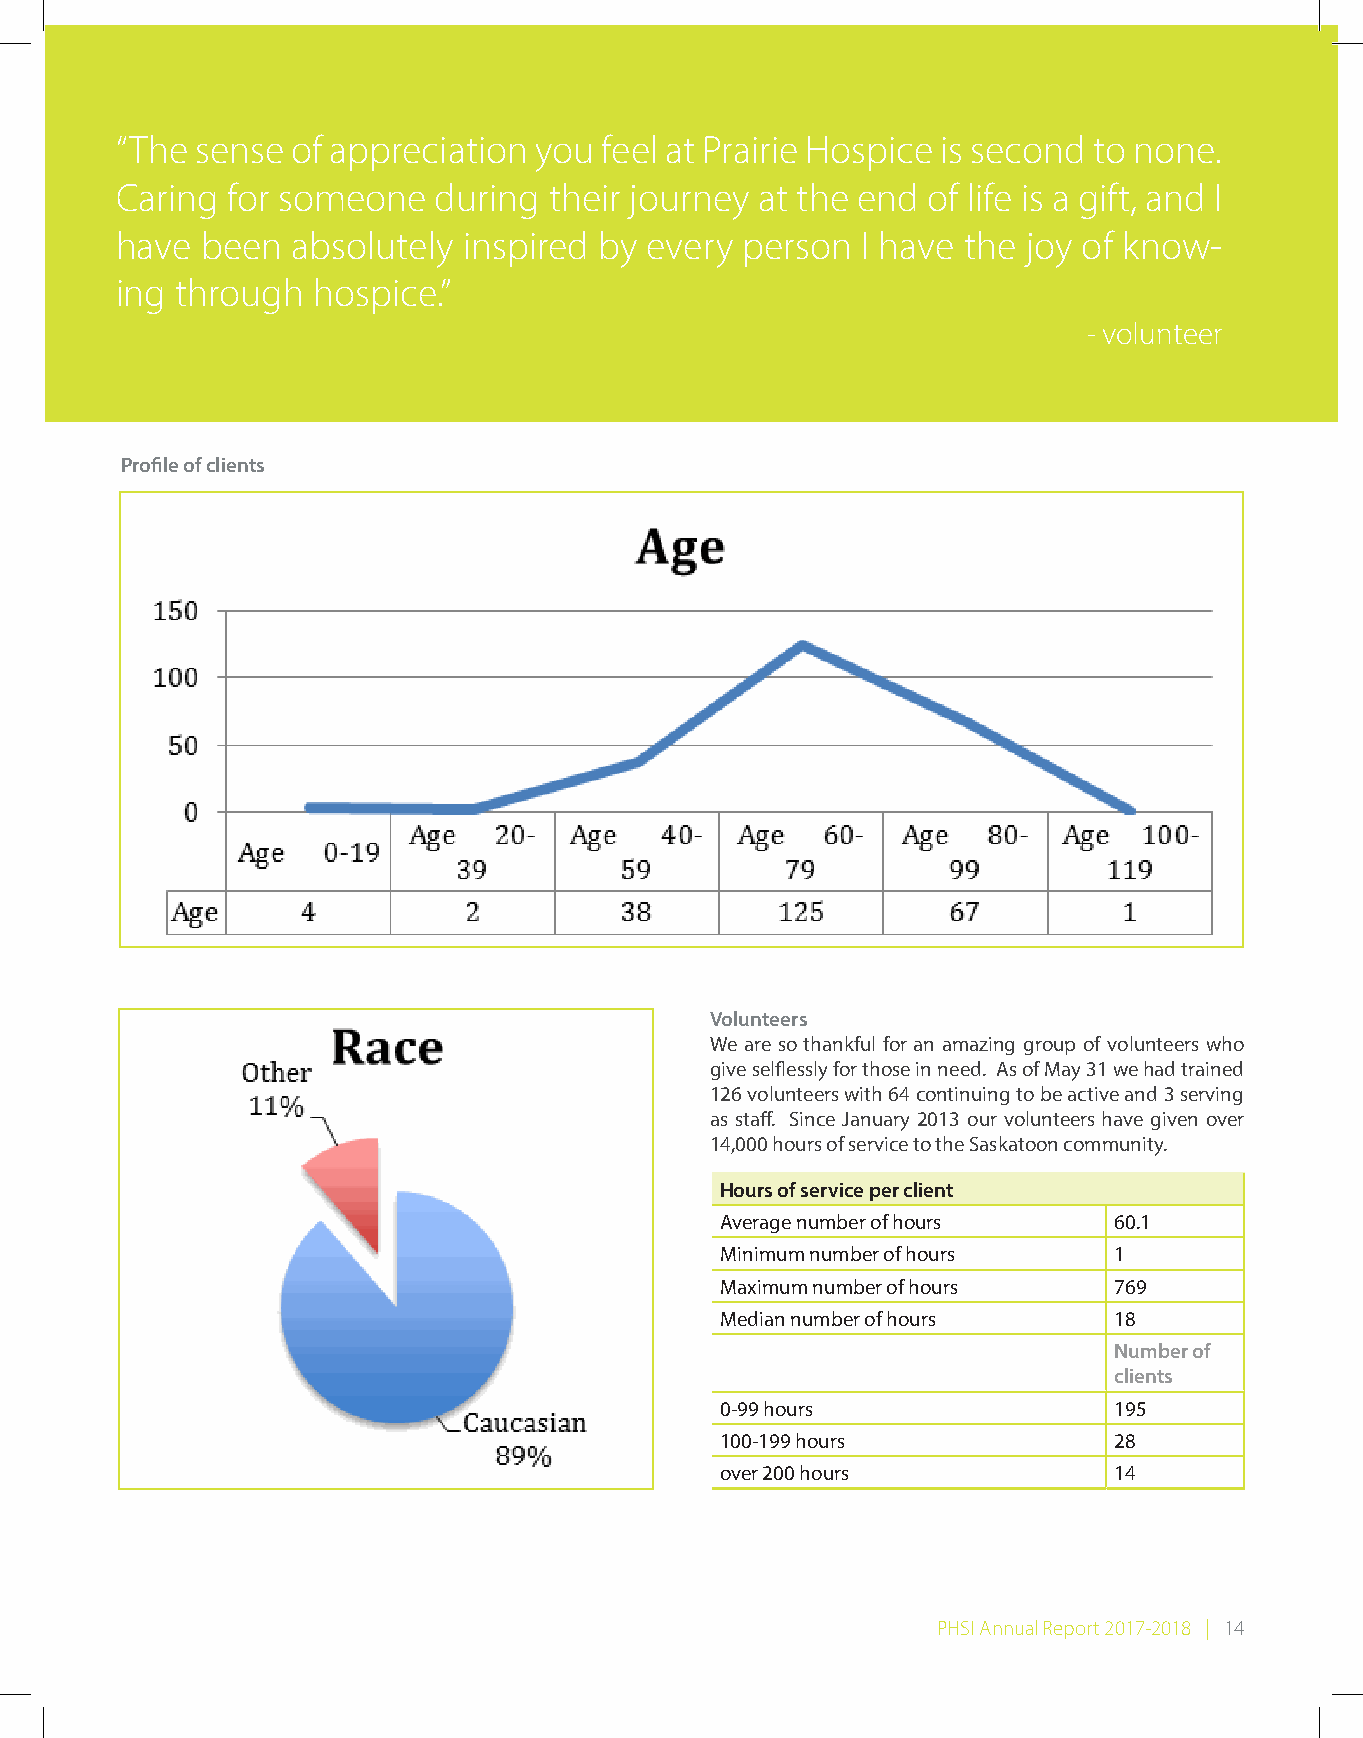
“The sense of appreciation you  feel at Prairie Hospice is second to none.
 Caring for someone   during their journey at the end of life is a gift, and I
 have been  absolutely  inspired by every person  I have the joy of know-
 ing through  hospice.”
 - volunteer
 Profile of clients
 Volunteers
 We are so thankful for an amazing group of volunteers who
 give selflessly for those in need. As of May 31 we had trained
 126 volunteers with 64 continuing to be active and 3 serving
 as staff. Since January 2013 our volunteers have given over
 14,000 hours of service to the Saskatoon community.
 Hours of service per client
 Average number of hours   60.1
 Minimum number of hours   1
 Maximum number of hours   769
 Median number of hours    18
 Number of
 clients
 0-99 hours                195
 100-199 hours             28
 over 200 hours            14
 PHSI Annual Report 2017-2018 | 14